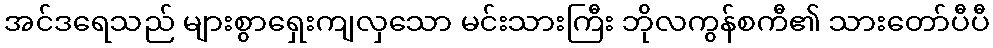
အင်ဒရေသည် များစွာရှေးကျလှသော မင်းသားကြီး ဘိုလကွန်စကီ၏ သားတော်ပီပီ